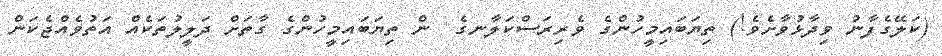
(ކަލޭގެފާނު ވިދާޅުވާށެވެ!) ތިޔަބައިމީހުންގެ ވެރިރަސްކަލާނގެ  ން ތިޔަބައިމީހުންގެ ގާތަށް ދަލީލުތަކެއް އަތުވެއްޖެކަން